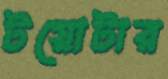
টয়োটার